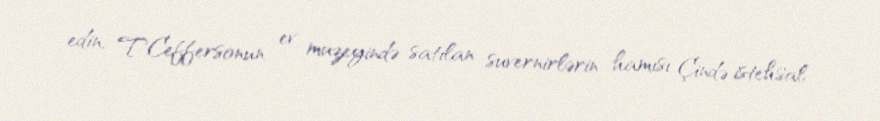
edin, T.Ceffersonun ev muzeyində satılan suvernirlərin hamısı Çində istehsal